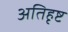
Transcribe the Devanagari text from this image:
अतिहृष्ट